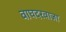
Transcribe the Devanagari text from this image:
वाघदरवाजा